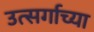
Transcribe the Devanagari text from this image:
उत्सर्गाच्या